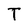
Character: T